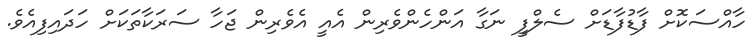
ހާއްސަކޮށް ފާޑުފާޑަށް ސެލްފީ ނަގާ އަންހެންވެރިން އެއީ އެވެރިން ޖަހާ ސަރަކާތަކަށް ހަދައިފިއެވެ.